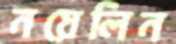
নয়েলিন